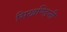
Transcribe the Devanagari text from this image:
सिखण्डिनी